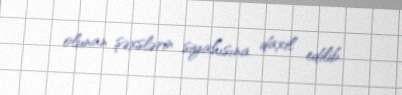
olunan şəxslərin siyahısına daxil edilib.